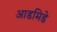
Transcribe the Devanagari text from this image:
आडमिडे